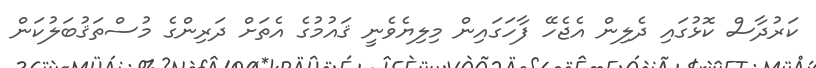
ކަރުދާސް ކޮޅުގައި ދެލިން އެޖެހޭ ފާހަގައިން މިލިޔެވެނީ ޤައުމުގެ އެތަށް ދަރިންގެ މުސްތަޤުބަލުކަން